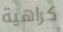
كراهية